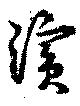
浜